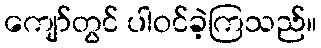
ကျော်တွင် ပါဝင်ခဲ့ကြသည်။